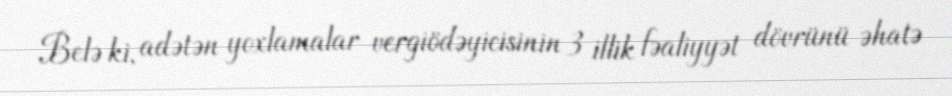
Belə ki, adətən yoxlamalar vergiödəyicisinin 3 illik fəaliyyət dövrünü əhatə